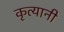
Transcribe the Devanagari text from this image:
कृत्यानी